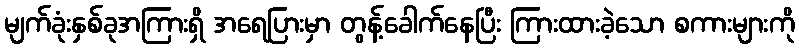
မျက်ခုံးနှစ်ခုအကြားရှိ အရေပြားမှာ တွန့်ခေါက်နေပြီး ကြားထားခဲ့သော စကားများကို